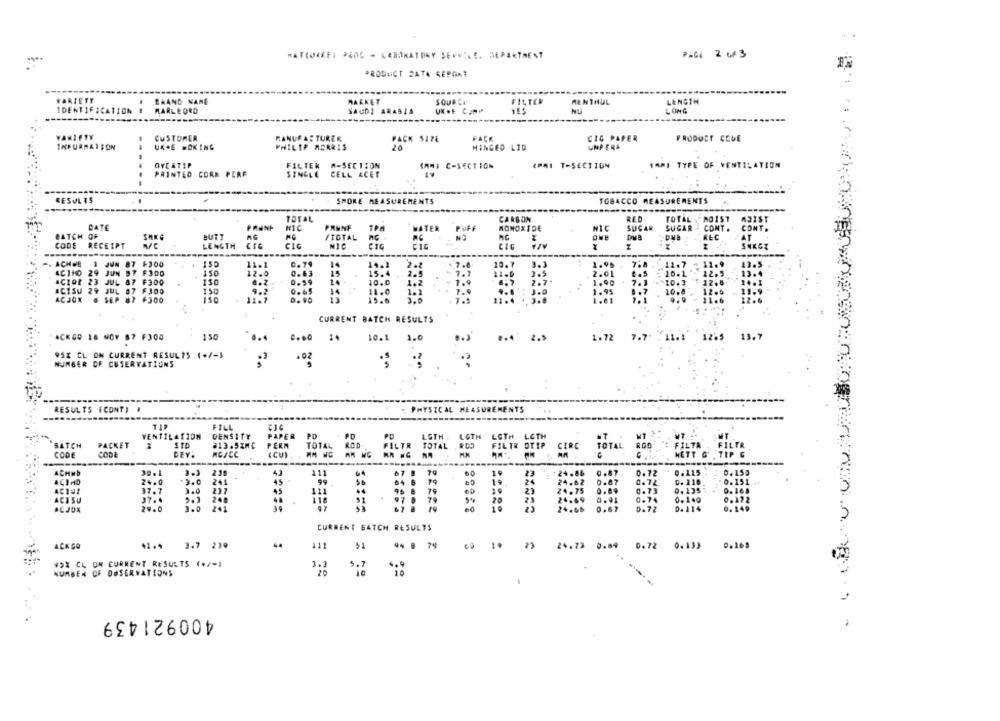
MATIOKEEI 26OG - LABORATORY SERVICE. SEPAKTRENT
PAGE 2 43
PRODUCT DATA REPORT
------
FARIETE
BRAND NAME
SOURCE
FILTER
LENGTH
IDENTIFICATION
MARKET
UK.E CUMP
MENTHOL
NU
LONG
MARLBORO
SAUDI ARABIA
VARIETY
CUSTOMER
MANUFACTURER
PACH 5124
CIG PAPER
UNPERE
PRODUCT CODE
INFURRAISON
UK-E =OKING
PHILIP MORRIS
20
HINGED LID
OVERTIP
FILTER #-SECTION
(AM) C-SECTION
IMMI T-SECTION
IAMI TYPE OF VENTILATION
PRINTED CORN PERF
SINGLE CELL ACET
- -
RESULTS
SHORE MEASUREMENTS
TOBACCO MEASUREMENTS
RED.
TOTAL
CARBON
TOTAL MOIST MOIST
DATE
PRINC
PANNE
TPM
MATER
PUP
MONOXIDE
NIC
SUGAR
SUGAR . CONT. CONT.
BATCH OF
BUTT
/TOTAL
ALC
CODE
RECEIPT
NE
LENGTH
CIC
NIC
CIG
AT
-. ACHOB
1 JUN
87 +300
0.79
14
10.1
3.3
1.96 . 7.8 . 1 11.7 - 12.9
13.5
AC 110
24 JUN 57 F300
12.0
0.63
15
15.4
2.5
ACION 23 JUL 87 F300
0.59
29 JUL 07 F300
0.65
10.6
ACISU
150
11.0
ACJON
8 5EP 87 F300
15.6
CURRENT BATCH RESULTS
ACKGO 16 NOY 67 FJ00
150
8.4
10.1 1.0
.. 4.
2.5
1.72
7.7. 711.1
12.5 13.7
95X CL ON CURRENT RESUL75 1+/-$
.02
.?
NUMBER OF CUSERVATIONS
RESULTS (CONT) .
PHYSICAL MEASUREMENTS
TIP
FILL
VENTILATION
DENSITY
PAPER
PD
PD
PO
LOTH . LOTH
LETH. LETH
"SATCH
PACKET
13.5%MC
PERM
TOTAL
ROD
FILTR
TOTAL . R.CO
CODE
CODE
(CU)
CIRC TOTAL 200
--
ACHMD
30 . 1
3.3
231
111
ACIAD
24.0
3.0
241
45
99
64 6
79
37.7
237
44
79
23
37.4
97
ACISU
200
ACJOX
2 .. 0
3.0
241
67 8
CURRENT BATCH RESULTS
ACK GQ
41 .. 3.7 239
44
111
51
94 8 79
24.73 0.84 0.72 0.139
0.168
WSX CL ON CURRENT RESULTS (+/-)
5.7
NUMBER OF OBSERVATIONS
400921439